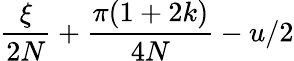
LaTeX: \frac{\xi}{2N}+\frac{\pi(1+2k)}{4N}-u/2